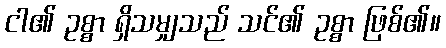
ငါ၏ ဥစ္စာ ရှိသမျှသည် သင်၏ ဥစ္စာ ဖြစ်၏။